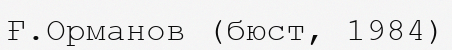
Ғ.Орманов (бюст, 1984)